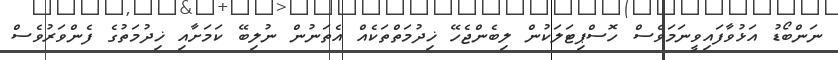
ނަންބޯޑު އަޅުވާފައިވީނަމަވެސް ހޮސްޕިޓަަލަކުން ލިބެންޖެހޭ ޚިދުމަތްތަކެއް އެތަނުން ނުލިބޭ ކަަމަށާއި ޚިދުމަތުގެ ފެންވަރުވެސް